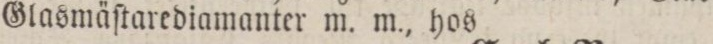
Glasmäſtarediamanter m. m., hos